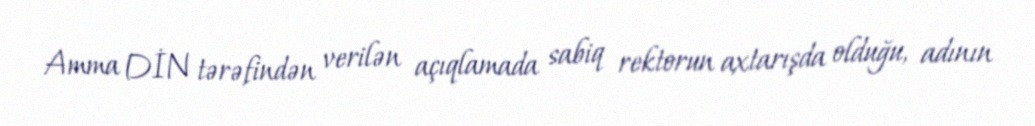
Amma DİN tərəfindən verilən açıqlamada sabiq rektorun axtarışda olduğu, adının